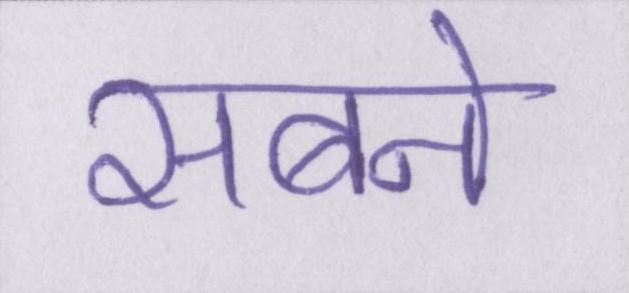
सबने